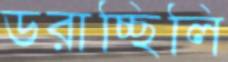
ডরাচ্ছিলি